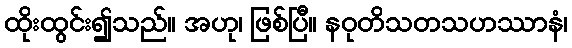
ထိုးထွင်း၍သည်။ အဟု၊ ဖြစ်ပြီ။ နဝုတိသတသဟဿာနံ၊